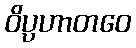
ဝိပ္ပဟာတဝေ